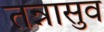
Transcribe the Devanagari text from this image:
तन्नासुव